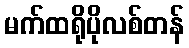
မက်ထရိုပိုလစ်တန်